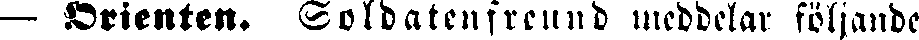
— Orienten. Soldatenfreund meddelar följande